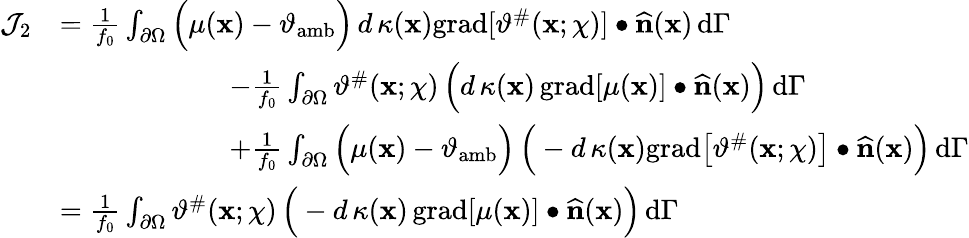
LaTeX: \begin{array}{rl}{\mathcal{J}_{2}}&{=\frac{1}{f_{0}}\int_{\partial\Omega}\Big(\mu(\mathbf{x})-\vartheta_{\mathrm{amb}}\Big)\, d\, \kappa(\mathbf{x})\mathrm{grad}[\vartheta^{\# }(\mathbf{x};\chi)]\bullet\widehat{\mathbf{n}}(\mathbf{x})\, \mathrm{d}\Gamma}\\ &{\qquad\qquad\qquad-\frac{1}{f_{0}}\int_{\partial\Omega}\vartheta^{\# }(\mathbf{x};\chi)\, \Big(d\, \kappa(\mathbf{x})\, \mathrm{grad}[\mu(\mathbf{x})]\bullet\widehat{\mathbf{n}}(\mathbf{x})\Big)\, \mathrm{d}\Gamma}\\ &{\qquad\qquad\qquad+\frac{1}{f_{0}}\int_{\partial\Omega}\Big(\mu(\mathbf{x})-\vartheta_{\mathrm{amb}}\Big)\, \Big(-d\, \kappa(\mathbf{x})\mathrm{grad}\big[\vartheta^{\# }(\mathbf{x};\chi)\big]\bullet\widehat{\mathbf{n}}(\mathbf{x})\Big)\, \mathrm{d}\Gamma}\\ &{=\frac{1}{f_{0}}\int_{\partial\Omega}\vartheta^{\# }(\mathbf{x};\chi)\, \Big(-d\, \kappa(\mathbf{x})\, \mathrm{grad}[\mu(\mathbf{x})]\bullet\widehat{\mathbf{n}}(\mathbf{x})\Big)\, \mathrm{d}\Gamma}\end{array}